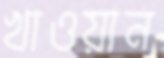
খাওয়ান